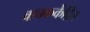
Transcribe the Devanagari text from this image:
वाचककेंद्रित